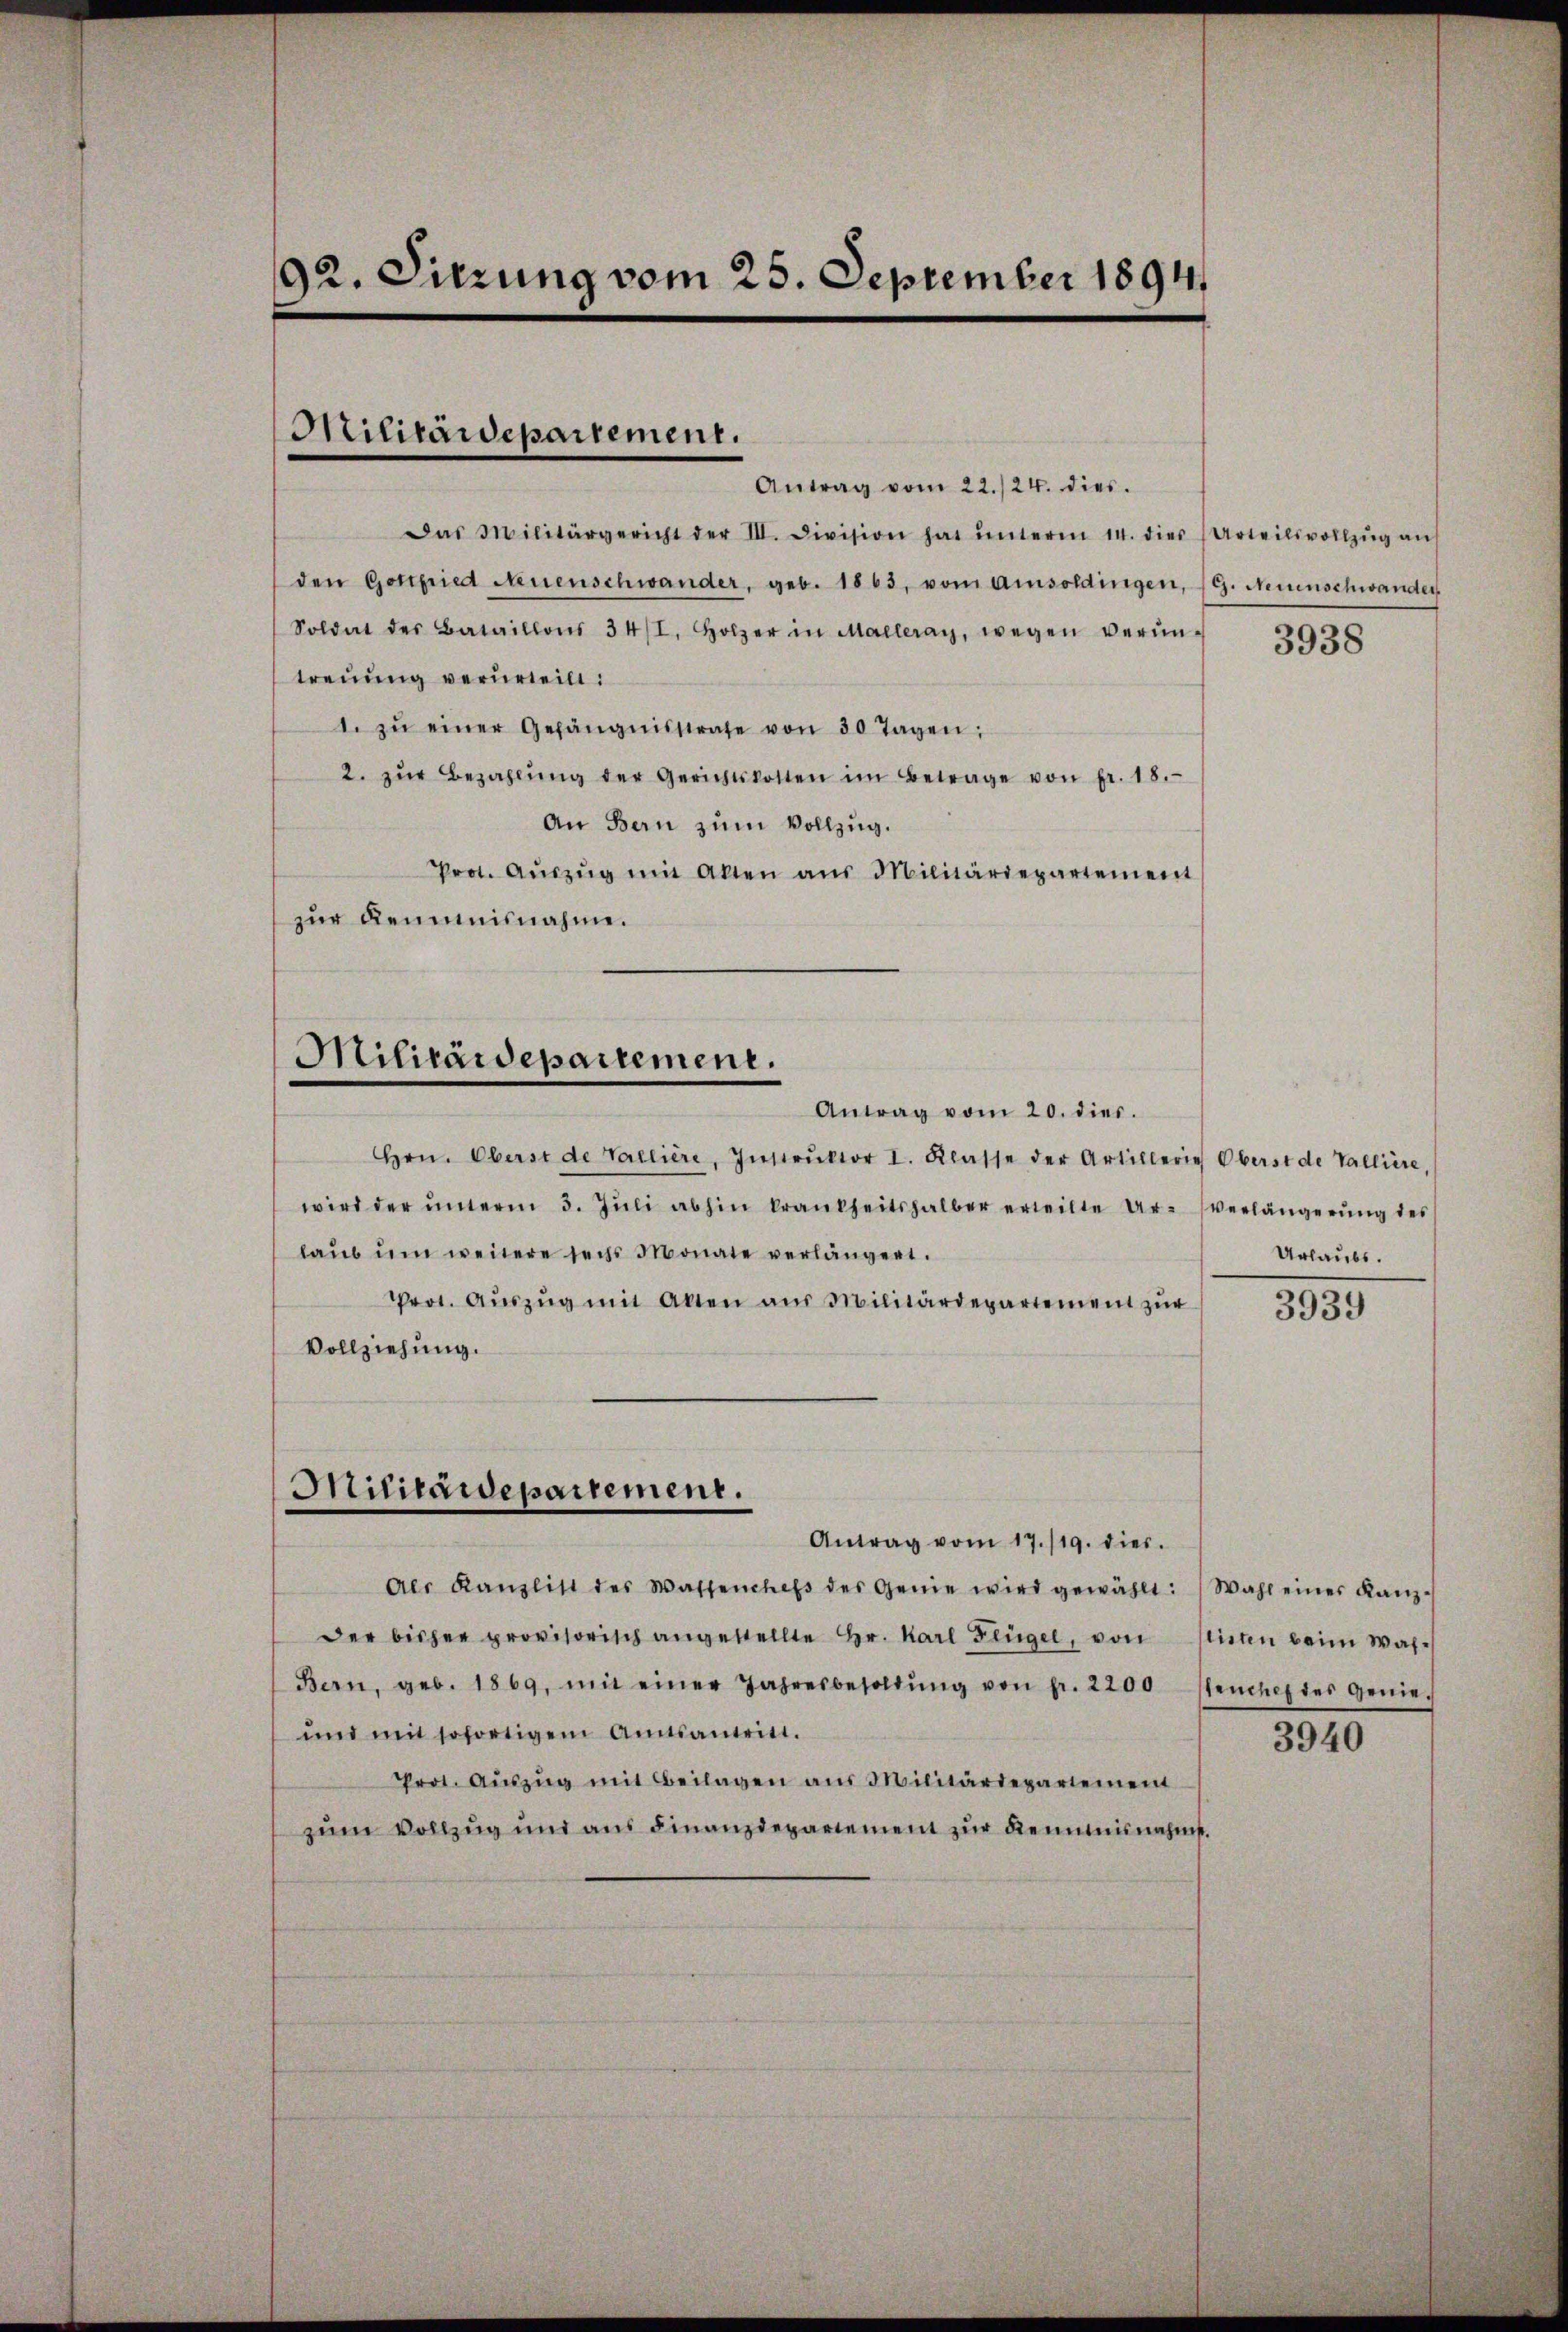
92. Sitzung vom 25. September 1894

Antrag vom 22./24. dies
Das Militärgericht der III. Division hat ŭnterm 14. dies (Urteilsvollzŭg aŭf
den Gottfried Neuenschwander, geb. 1863, vom Amsoldingen, (G. Neinschwander
Soldat des Bataillons 34/I, Holzer in Malleray, wegen verŭn-
treuung verurteilt:
. zŭ einer Gefängnisstrafe von 30 Tagen:
2. zŭr Bezahlŭng der Gerichtskotten im Betrage von fr. 18.
An Bern zum Vollzug.
Prot. Aŭszŭg mit Alten aus Militärdepartement
zur Remunisnahme.

Hrn. Oberst de Vallière, Instrŭktor I. Klasse der Artillerie Oberst de Valliere,
wird der ŭnterm 5. Jŭli abhin krankheitshalber erteilte Ur- Verlängerung des
laŭs ŭm weitere sechs Monate verlängert.
Prot. Aŭszŭg mit Akten aus Militärdepartement zŭr
Vollziehung.

Militärdepartement.

Militärdepartement.
Antrag vom 20. dies.

Militärdepartement.

Antrag vom 17./19. dies.
Als Kanzlist des Wassenchefs des Genie wird gewählt: Wahl einer Kanz-
der bisher provisorisch angestellte Hr. Karl Flügel, von Mieten beim Was¬
Bern, geb. 1869, mit einer Jahresbesoldŭng von fr. 2200 stencheftes genie-
und mit sofortigem Amtsantritt.
Prot. Aŭszŭg mit Beilagen aus Militärdepartement
zum Vollzug und aus Finanzdepartement zur Renumisnahmst.

3938

Urlaubs.

3939

3940